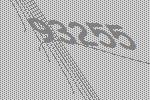
93255